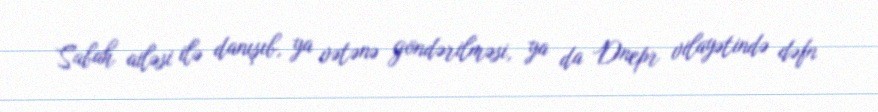
Sabah ailəsi ilə danışıb, ya vətənə göndərilməsi, ya da Dnepr vilayətində dəfn